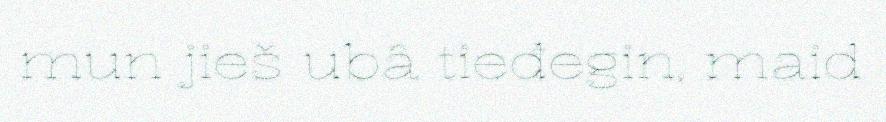
mun jieš ubâ tieđegin, maid